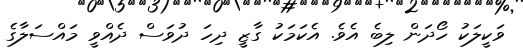
ވަކީލަކު ހޯދަން ލިބެ އެވެ. އެކަމަކު ގާޒީ ދިހަ ދުވަސް ދެއްވީ މައްސަލާގެ